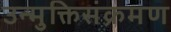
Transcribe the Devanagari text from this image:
उन्मुक्तिसंक्रमण